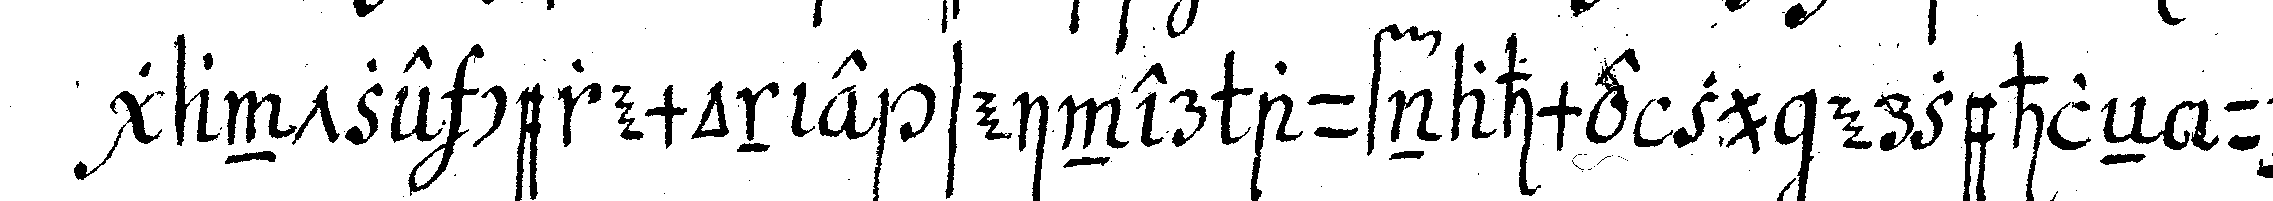
gantze ceremonie seiner aufnahme zu erzehleN und